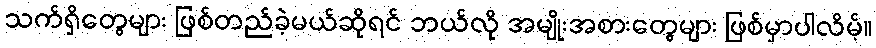
သက်ရှိတွေများ ဖြစ်တည်ခဲ့မယ်ဆိုရင် ဘယ်လို အမျိုးအစားတွေများ ဖြစ်မှာပါလိမ့်။